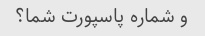
و شماره پاسپورت شما؟